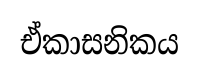
ඒකාසනිකය